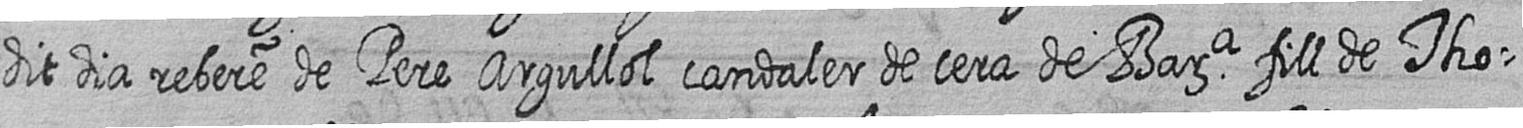
dit dia rebere de Pere Argullol candeler de cera de Bara fill de Tho=